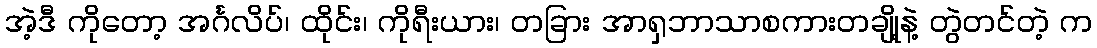
အဲ့ဒီ ကိုတော့ အင်္ဂလိပ်၊ ထိုင်း၊ ကိုရီးယား၊ တခြား အာရှဘာသာစကားတချို့နဲ့ တွဲတင်တဲ့ က